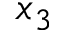
x _ { 3 }